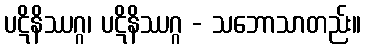
ပဋိနိဿဂ္ဂ၊ ပဋိနိဿဂ္ဂ - သဘောသာတည်း။